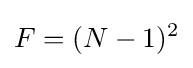
F=(N-1)^{2}